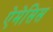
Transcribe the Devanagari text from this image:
ऐमेसिस